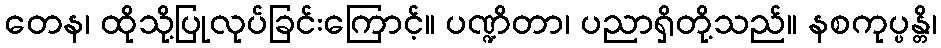
တေန၊ ထိုသို့ပြုလုပ်ခြင်းကြောင့်။ ပဏ္ဍိတာ၊ ပညာရှိတို့သည်။ နစကုပ္ပန္တိ၊